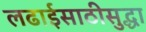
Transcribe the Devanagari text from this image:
लढाईसाठीसुद्धा